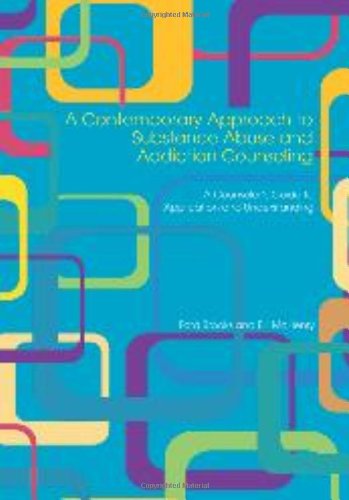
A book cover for A Contemporary Approach to Substance Abuse and Addiction Counseling: A Counselor's Guide to Application and Understanding; Ford Brooks; Medical Books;